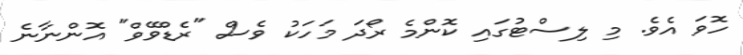
ހޮވަ އެވެ. މި ލިސްޓުގައި ކޮންމެ ރޯދަ މަހަކު ވެސް "ރެޑްވޭވް" އޮންނާނެ